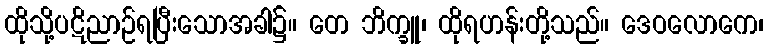
ထိုသို့ပဋိညာဉ်ရပြီးသောအခါ၌။ တေ ဘိက္ခူ၊ ထိုရဟန်းတို့သည်။ ဒေဝလောကေ၊